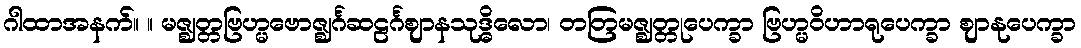
ဂါထာအနက်။ ။ မဇ္ဈတ္တဗြဟ္မဗောဇ္ဈင်္ဂဆဠင်္ဂဈာနသုဒ္ဓိလော၊ တတြမဇ္ဈတ္တုပေက္ခာ ဗြဟ္မဝိဟာရုပေက္ခာ ဈာနုပေက္ခာ